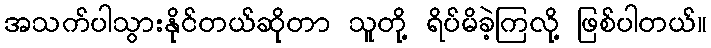
အသက်ပါသွားနိုင်တယ်ဆိုတာ သူတို့ ရိပ်မိခဲ့ကြလို့ ဖြစ်ပါတယ်။